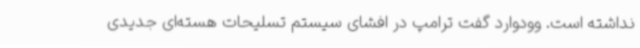
نداشته است. وودوارد گفت ترامپ در افشای سیستم تسلیحات هسته‌ای جدیدی